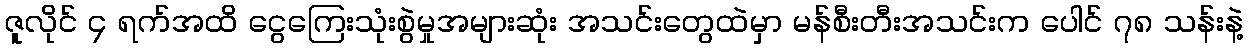
ဇူလိုင် ၄ ရက်အထိ ငွေကြေးသုံးစွဲမှုအများဆုံး အသင်းတွေထဲမှာ မန်စီးတီးအသင်းက ပေါင် ၇၈ သန်းနဲ့